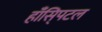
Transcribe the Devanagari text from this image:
हाँसि्पटल